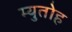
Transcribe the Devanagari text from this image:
म्युतोह